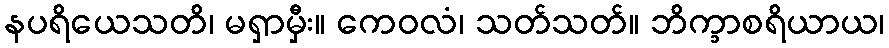
နပရိယေသတိ၊ မရှာမှီး။ ကေဝလံ၊ သတ်သတ်။ ဘိက္ခာစရိယာယ၊